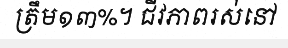
ត្រឹម១៣%។ ជីវភាពរស់នៅ